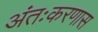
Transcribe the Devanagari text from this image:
अंतःकरणास